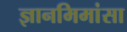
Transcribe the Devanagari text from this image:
ज्ञानमिमांसा